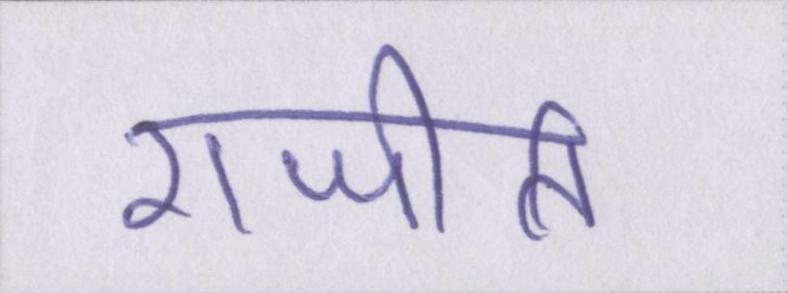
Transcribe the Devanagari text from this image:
राजीति